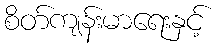
စိတ်ကျန်းမာရေးနှင့်